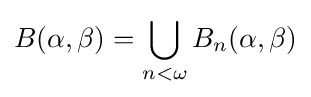
B(\alpha ,\beta )=\bigcup _{n<\omega }B_{n}(\alpha ,\beta )